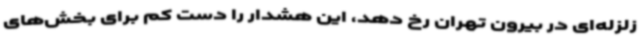
زلزله‌ای در بیرون تهران رخ دهد، این هشدار را دست‌ کم برای بخش‌های